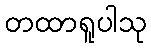
တထာရူပါသု